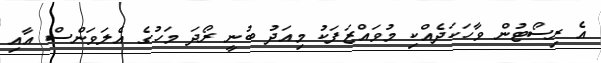
އެ ރިސޯޓުން ވާހަކަދެއްކި މުވައްޒަފަކު މިއަދު ބުނީ ރޯދަ މަހުގެ އެލަވަންސް އާއި